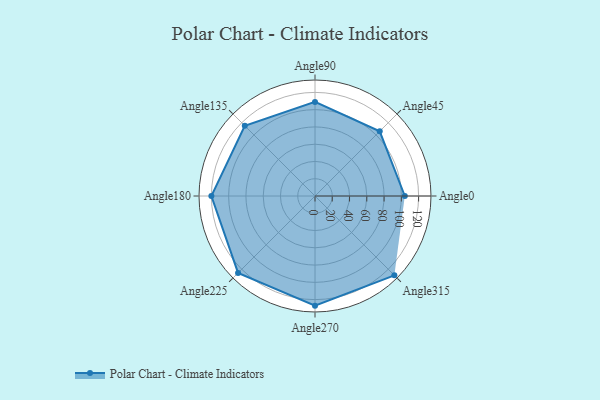
{"axis": {"x": "Angle", "y": "Radius"}, "legend": [""], "data": [{"x": "Angle0", "y": 104.0, "type": ""}, {"x": "Angle45", "y": 106.0, "type": ""}, {"x": "Angle90", "y": 109.0, "type": ""}, {"x": "Angle135", "y": 115.0, "type": ""}, {"x": "Angle180", "y": 120.0, "type": ""}, {"x": "Angle225", "y": 126.0, "type": ""}, {"x": "Angle270", "y": 127.0, "type": ""}, {"x": "Angle315", "y": 130.0, "type": ""}]}